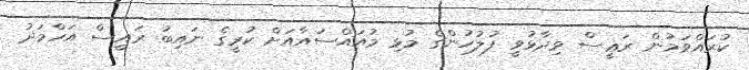
ކުރައްވަމުން ރަޢީސް ވިދާޅުވީ ފުލުހުންގެ މުޅި މުުއައްސައާއަށް ކުރީގެ ނައިބު ރައީސް އަހްމަދު